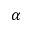
\alpha